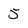
Character: 5